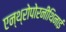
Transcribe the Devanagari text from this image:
एन्थ्रोपोरनीथिनाई